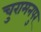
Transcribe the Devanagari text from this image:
चुरामनपुर